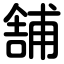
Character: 舗